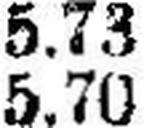
5.70